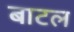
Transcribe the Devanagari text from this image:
बाटल